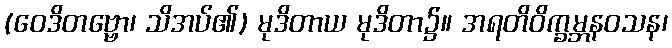
(ဝေဒိတဗ္ဗော၊ သိအပ်၏) မုဒိတာယ မုဒိတာ၌။ အရတိဝိက္ခမ္ဘနဝသန၊